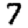
Digit: 7